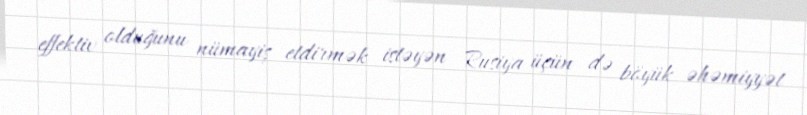
effektiv olduğunu nümayiş etdirmək istəyən Rusiya üçün də böyük əhəmiyyət